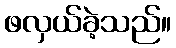
ဖလှယ်ခဲ့သည်။